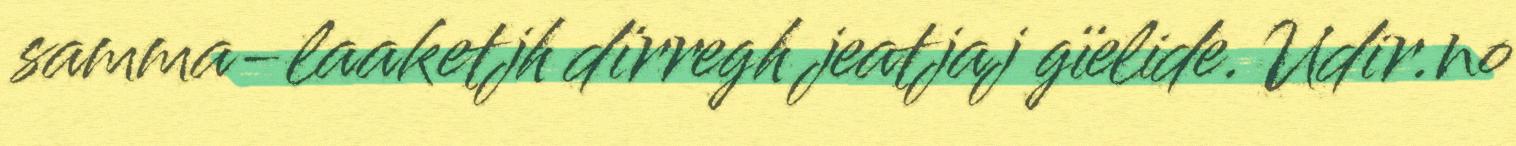
samma-laaketjh dïrregh jeatjaj gïelide. Udir.no